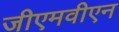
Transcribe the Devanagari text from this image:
जीएमवीएन